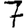
Digit: 7